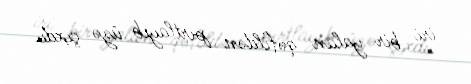
iri bir yalan qəfildən pırtlayıb üzə çıxdı.